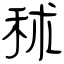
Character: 秫